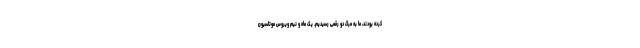
کرده بودند، ما به مرگ دو رقمی رسیدیم. یک ماه و نیم ویروس موتاسیون